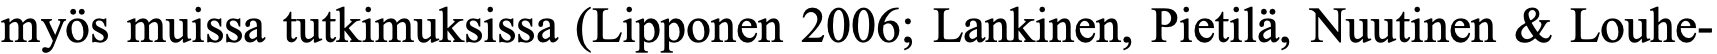
myös muissa tutkimuksissa (Lipponen 2006; Lankinen, Pietilä, Nuutinen & Louhe-